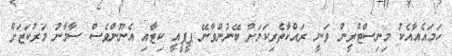
ހަމައެއާއެކު މިނިސްޓްރީން ވަނީ ރައްކާތެރިކަމަށް ބޭނުންވާނޭ ޕީޕީއީ ކިޓާއި އެނޫންވެސް ސާމާނު މަރުކަޒަށް